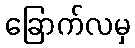
ခြောက်လမှ